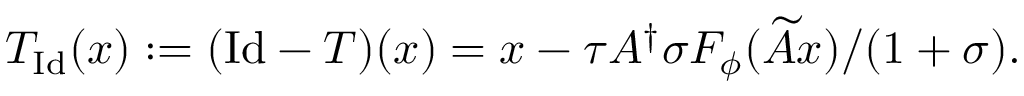
T _ { \mathrm { I d } } ( x ) : = ( \mathrm { I d } - T ) ( x ) = x - \tau A ^ { \dagger } \sigma F _ { \phi } ( \widetilde { A } x ) / ( 1 + \sigma ) .